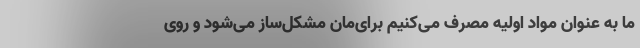
ما به عنوان مواد اولیه مصرف می‌کنیم برای‌مان مشکل‌ساز می‌شود و روی